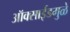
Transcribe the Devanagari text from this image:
ऑक्साईडमुळे